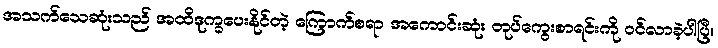
အသက်သေဆုံးသည် အထိဒုက္ခပေးနိုင်တဲ့ ကြောက်စရာ အကောင်းဆုံး တုပ်ကွေးစာရင်းကို ဝင်လာခဲ့ပါပြီ။